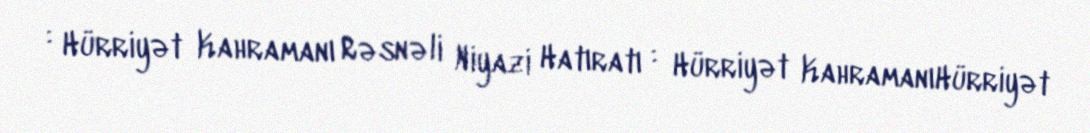
: Hürriyət Kahramanı Rəsnəli Niyazi Hatıratı : Hürriyət KahramanıHürriyət